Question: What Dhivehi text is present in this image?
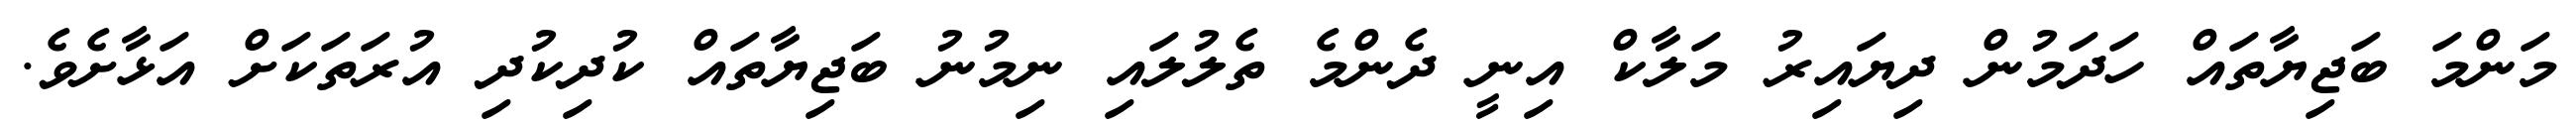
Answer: މަންމަ ބަޖިޔާތައް ހަދަމުން ދިޔައިރު މަލާކް އިނީ ދެންމެ ތެލުލައި ނިމުނު ބަޖިޔާތައް ކުދިކުދި އުރަތަކަށް އަޅާށެވެ.